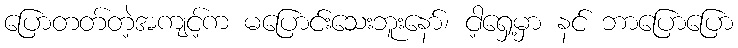
ပြောတတ်တဲ့အကျင့်က မပြောင်းသေးဘူးနော်၊ ငါ့ရှေ့မှာ နင် ဘာပြောပြော